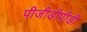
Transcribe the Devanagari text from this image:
पीजीडीपीडी